Indian journal of veterinary science and animal husbandry - Volume 10,
Year: 1940
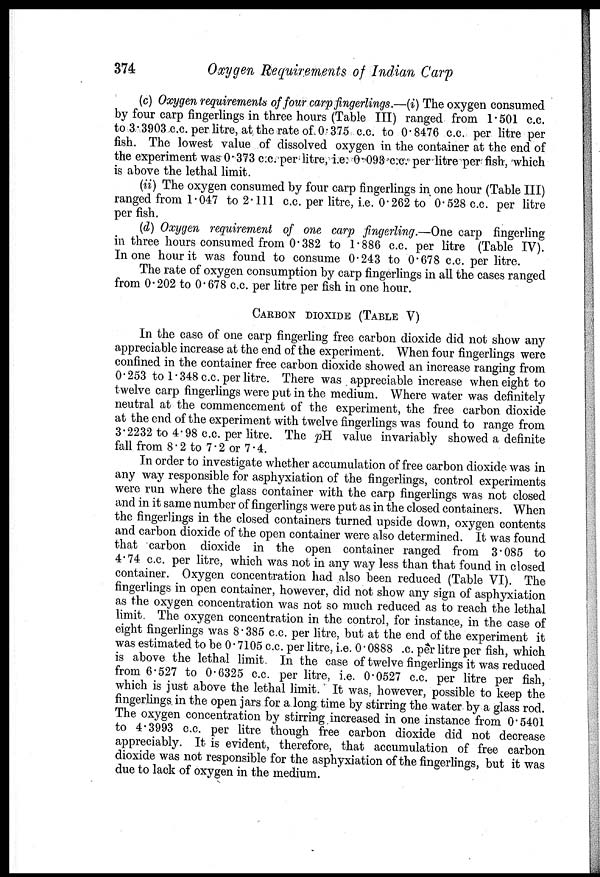
374
Oxygen Requirements of Indian Carp
(c) Oxygen requirements of four carp fingerlings.—(i) The oxygen consumed
by four carp fingerlings in three hours (Table III) ranged from 1.501 c.c.
to 3.3903 c.c. per litre, at the rate of 0.375 c.c. to 0.8476 c.c. per litre per
fish. The lowest value of dissolved oxygen in the container at the end of
the experiment was 0.373 c.c. per litre, i.e. 0.093 c.c. per litre per fish, which
is above the lethal limit.
(ii) The oxygen consumed by four carp fingerlings in one hour (Table III)
ranged from 1.047 to 2.111 c.c. per litre, i.e. 0.262 to 0.528 c.c. per litre
per fish.
(d) Oxygen requirement of one carp fingerling.—One carp fingerling
in three hours consumed from 0.382 to 1.886 c.c. per litre (Table IV).
In one hour it was found to consume 0.243 to 0.678 c.c. per litre.
The rate of oxygen consumption by carp fingerlings in all the cases ranged
from 0.202 to 0.678 c.c. per litre per fish in one hour.
CARBON DIOXIDE (TABLE V)
In the case of one carp fingerling free carbon dioxide did not show any
appreciable increase at the end of the experiment. When four fingerlings were
confined in the container free carbon dioxide showed an increase ranging from
0.253 to 1.348 c.c. per litre. There was appreciable increase when eight to
twelve carp fingerlings were put in the medium. Where water was definitely
neutral at the commencement of the experiment, the free carbon dioxide
at the end of the experiment with twelve fingerlings was found to range from
3.2232 to 4.98 c.c. per litre. The pH value invariably showed a definite
fall from 8.2 to 7.2 or 7.4.
In order to investigate whether accumulation of free carbon dioxide was in
any way responsible for asphyxiation of the fingerlings, control experiments
were run where the glass container with the carp fingerlings was not closed
and in it same number of fingerlings were put as in the closed containers. When
the fingerlings in the closed containers turned upside down, oxygen contents
and carbon dioxide of the open container were also determined. It was found
that carbon dioxide in the open container ranged from 3.085 to
4.74 c.c. per litre, which was not in any way less than that found in closed
container. Oxygen concentration had also been reduced (Table VI). The
fingerlings in open container, however, did not show any sign of asphyxiation
as the oxygen concentration was not so much reduced as to reach the lethal
limit The oxygen concentration in the control, for instance, in the case of
eight fingerlings was 8.385 c.c. per litre, but at the end of the experiment it
was estimated to be 0.7105 c.c. per litre, i.e. 0.0888 .c. per litre per fish, which
is above the lethal limit. In the case of twelve fingerlings it was reduced
from 6.527 to 0.6325 c.c. per litre, i.e. 0.0527 c.c. per litre per fish,
which is just above the lethal limit. It was, however, possible to keep the
fingerlings in the open jars for a long time by stirring the water by a glass rod.
The oxygen concentration by stirring increased in one instance from 0.5401
to 4.3993 c.c. per litre though free carbon dioxide did not decrease
appreciably. It is evident, therefore, that accumulation of free carbon
dioxide was not responsible for the asphyxiation of the fingerlings, but it was
due to lack of oxygen in the medium.